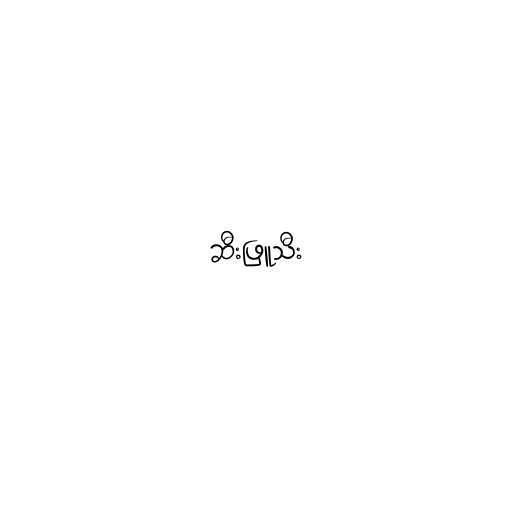
ဆီးဖြူသီး